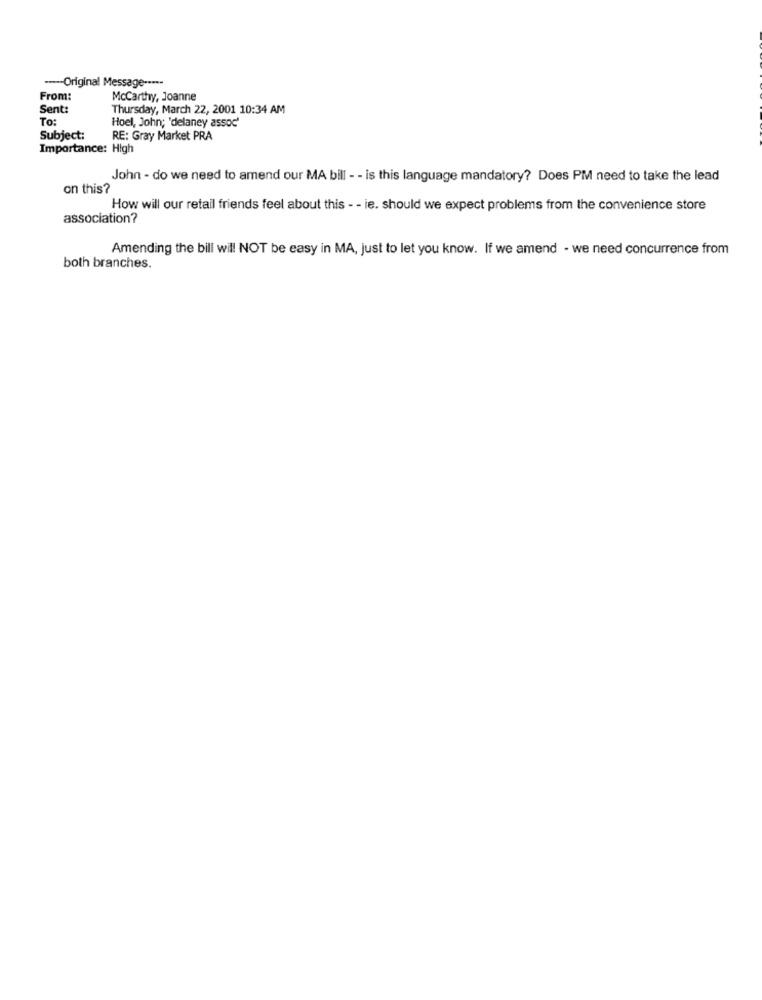
---- Original Message -----
From:
Mccarthy, Joanne
Sent:
Thursday, March 22, 2001 10:34 AM
To:
Hoel, John; 'delaney assoc'
Subject:
RE: Gray Market PRA
Importance: High
John - do we need to amend our MA bill - - is this language mandatory? Does PM need to take the lead
on this?
How will our retail friends feel about this - - ie. should we expect problems from the convenience store
association?
Amending the bill will NOT be easy in MA, just to let you know. If we amend - we need concurrence from
both branches.